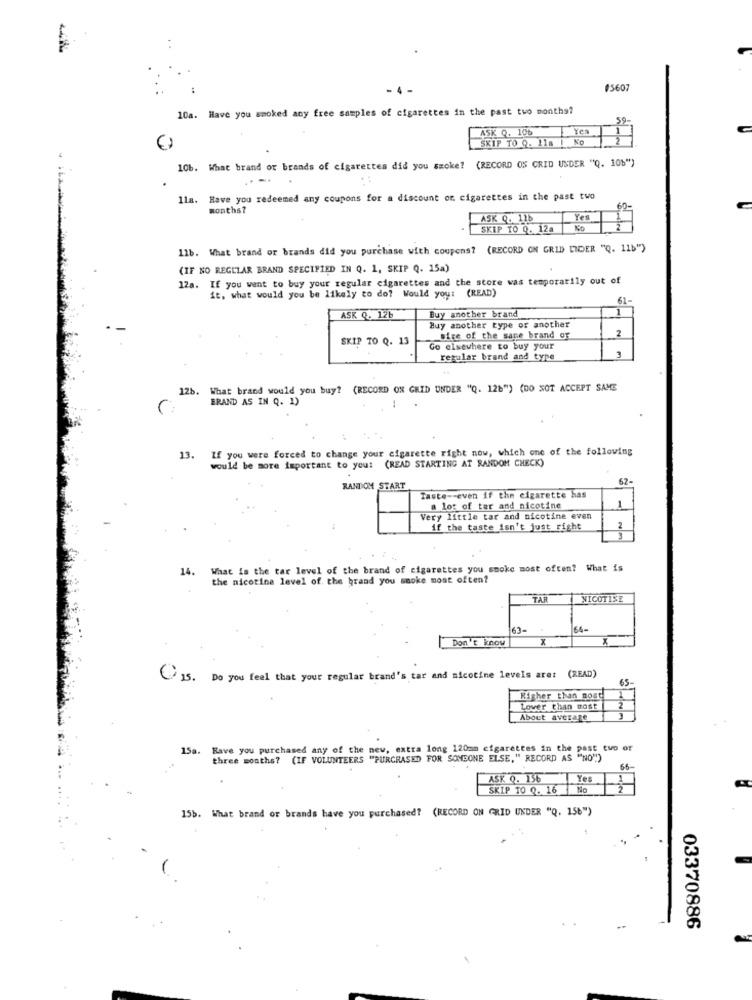
#5607
10a. Have you smoked any free samples of cigarettes in the past two months?
59
ASK Q. 10b
Yes
SKIP TO Q. 11a | N
10b. What brand of brands of cigarettes did you smoke? (RECORD OS CRID UNDER "Q. 106")
. Have you redeemed any coupons for a discount or cigarettes in the past two
months?
60-
ASK Q. 11b
Yes
SKIP TO Q. 12a
11b. What brand or brands did you purchase with coupons? (RECORD ON GRID LIDER "Q. 11b")
(IF NO REGULAR BRAND SPECIFIED IN Q. 1, SKIP Q. 15a)
12a. If you want to buy your regular cigarettes and the store was temporarily out of
it, what would you be likely to do? Would you: (READ)
61-
Buy another brand
ASK Q. 126
Buy another type or another
2
SKIP TO Q. 13
fire of the sape brand of
Go elsewhere to buy your
3
regular brand and type
12b. What brand would you buy? (RECORD ON GRID UNDER "Q. 126") (DO NOT ACCEPT SAME
BRAND AS IN Q. 1)
C:
If you were forced to change your cigarette right now, which one of the following
13.
would be more important to you: (READ STARTING AT RANDOM CHECK)
57-
RANDOM START
Taste -- even if the cigarette has
1
a lot of ter and nicotine
Very little tar and nicotine even
if the taste isn't just right
2
14.
What is the tar level of the brand of cigarettes you smoke most often? What is
the nicotine level of. the brand you smoke most often?
TAR
NICOTINE
63-
64-
Don't know
X
5. Do you feel that your regular brand's tar and nicotine levels are: (READ)
65
Higher than nost
2
Lover than most
About average
15a. Have you purchased any of the new, extra long 120mm cigarettes in the past two or
three months? (IF VOLUNTEERS "PURCHASED FOR SOMEONE ELSE," RECORD AS "NO")
66-
ASK Q. 156
Yes
SKIP TO Q. 16 No
15b. What brand or brands have you purchased? (RECORD ON GRID UNDER "Q. 158")
03370886